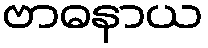
ဗာဓနာယ